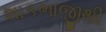
શાકભાજીથી